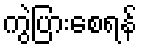
ကွဲပြားစေရန်